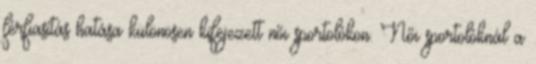
férfiasítás hatása különösen kifejezett női sportolókon. Női sportolóknál a